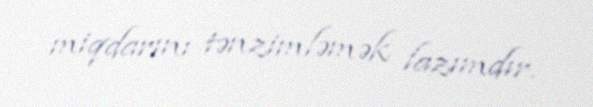
miqdarını tənzimləmək lazımdır.